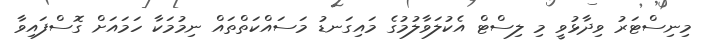
މިނިސްޓަރު ވިދާޅުވީ މި ލިސްޓް އެކުލަވާލުމުގެ މައިގަނޑު މަސައްކަތްތައް ނިމުމަކާ ހަމައަށް ގޮސްފައިވާ